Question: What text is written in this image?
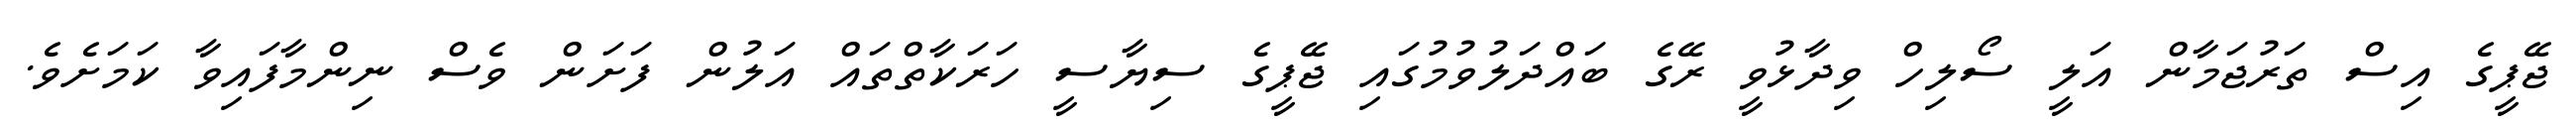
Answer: ޖޭޕީގެ އިސް ތަރުޖަމާން އަލީ ސޯލިހް ވިދާޅުވީ ރޭގެ ބައްދަލުވުމުގައި ޖޭޕީގެ ސިޔާސީ ހަރަކާތްތައް އަލުން ފަށަން ވެސް ނިންމާފައިވާ ކަމަށެވެ.